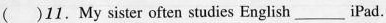
( )11. My sister often studies English ___ iPad.